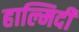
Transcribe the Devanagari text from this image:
हाल्मिदी